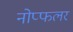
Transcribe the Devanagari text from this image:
नोप्फलर